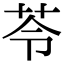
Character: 苓